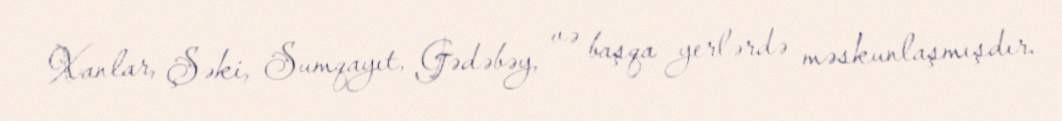
Xanlar, Şəki, Sumqayıt, Gədəbəy, və başqa yerlərdə məskunlaşmışdır.